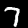
Label: 7